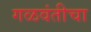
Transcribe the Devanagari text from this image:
गळवंतीचा